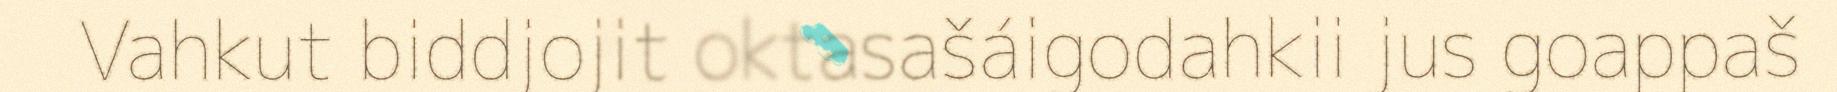
Vahkut biddjojit oktasašáigodahkii jus goappaš